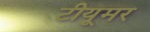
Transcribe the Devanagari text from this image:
टीयूमर